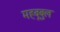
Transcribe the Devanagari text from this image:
महबूबुल